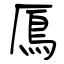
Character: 鳫